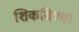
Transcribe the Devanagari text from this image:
शिकविण्या